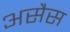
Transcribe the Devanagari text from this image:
असैस